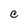
Character: C